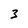
Character: 3